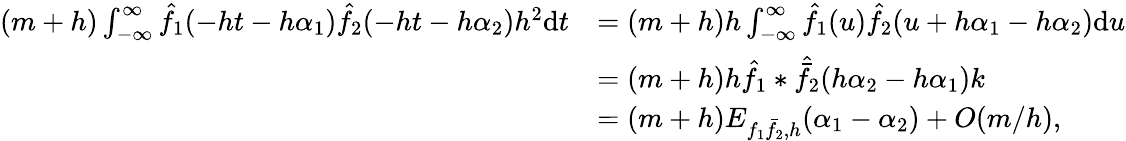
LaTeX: \begin{array}{rl}{(m+h)\int_{-\infty}^{\infty}\hat{f_{1}}(-ht-h\alpha_{1})\hat{f_{2}}(-ht-h\alpha_{2})h^{2}\mathrm{d}t}&{=(m+h)h\int_{-\infty}^{\infty}\hat{f_{1}}(u)\hat{f_{2}}(u+h\alpha_{1}-h\alpha_{2})\mathrm{d}u}\\ &{=(m+h)h\hat{f_{1}}\ast\hat{\bar{f_{2}}}(h\alpha_{2}-h\alpha_{1})k}\\ &{=(m+h)E_{f_{1}\bar{f_{2}},h}(\alpha_{1}-\alpha_{2})+O(m/h),}\end{array}